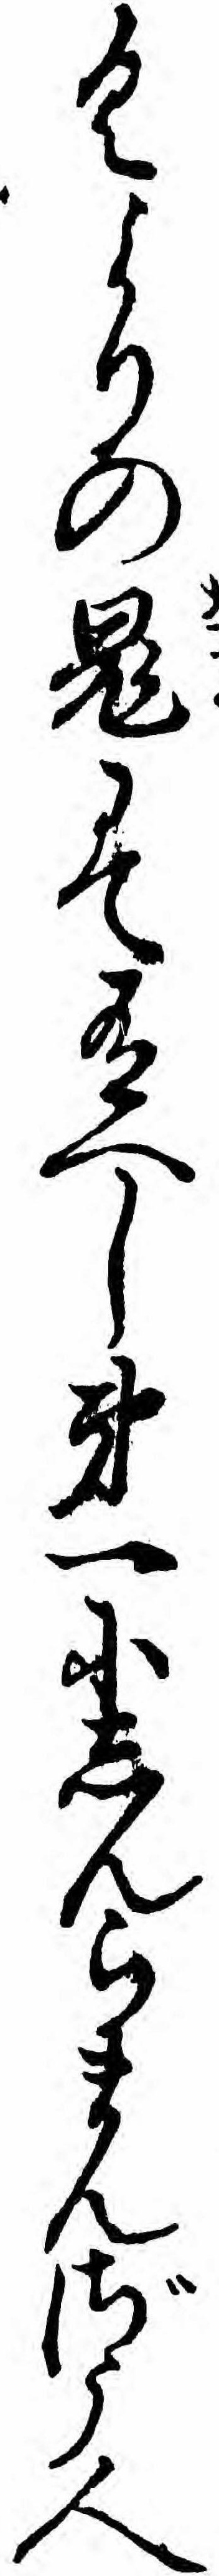
くよりの鬼にて有へし第一にしんらまんざう人